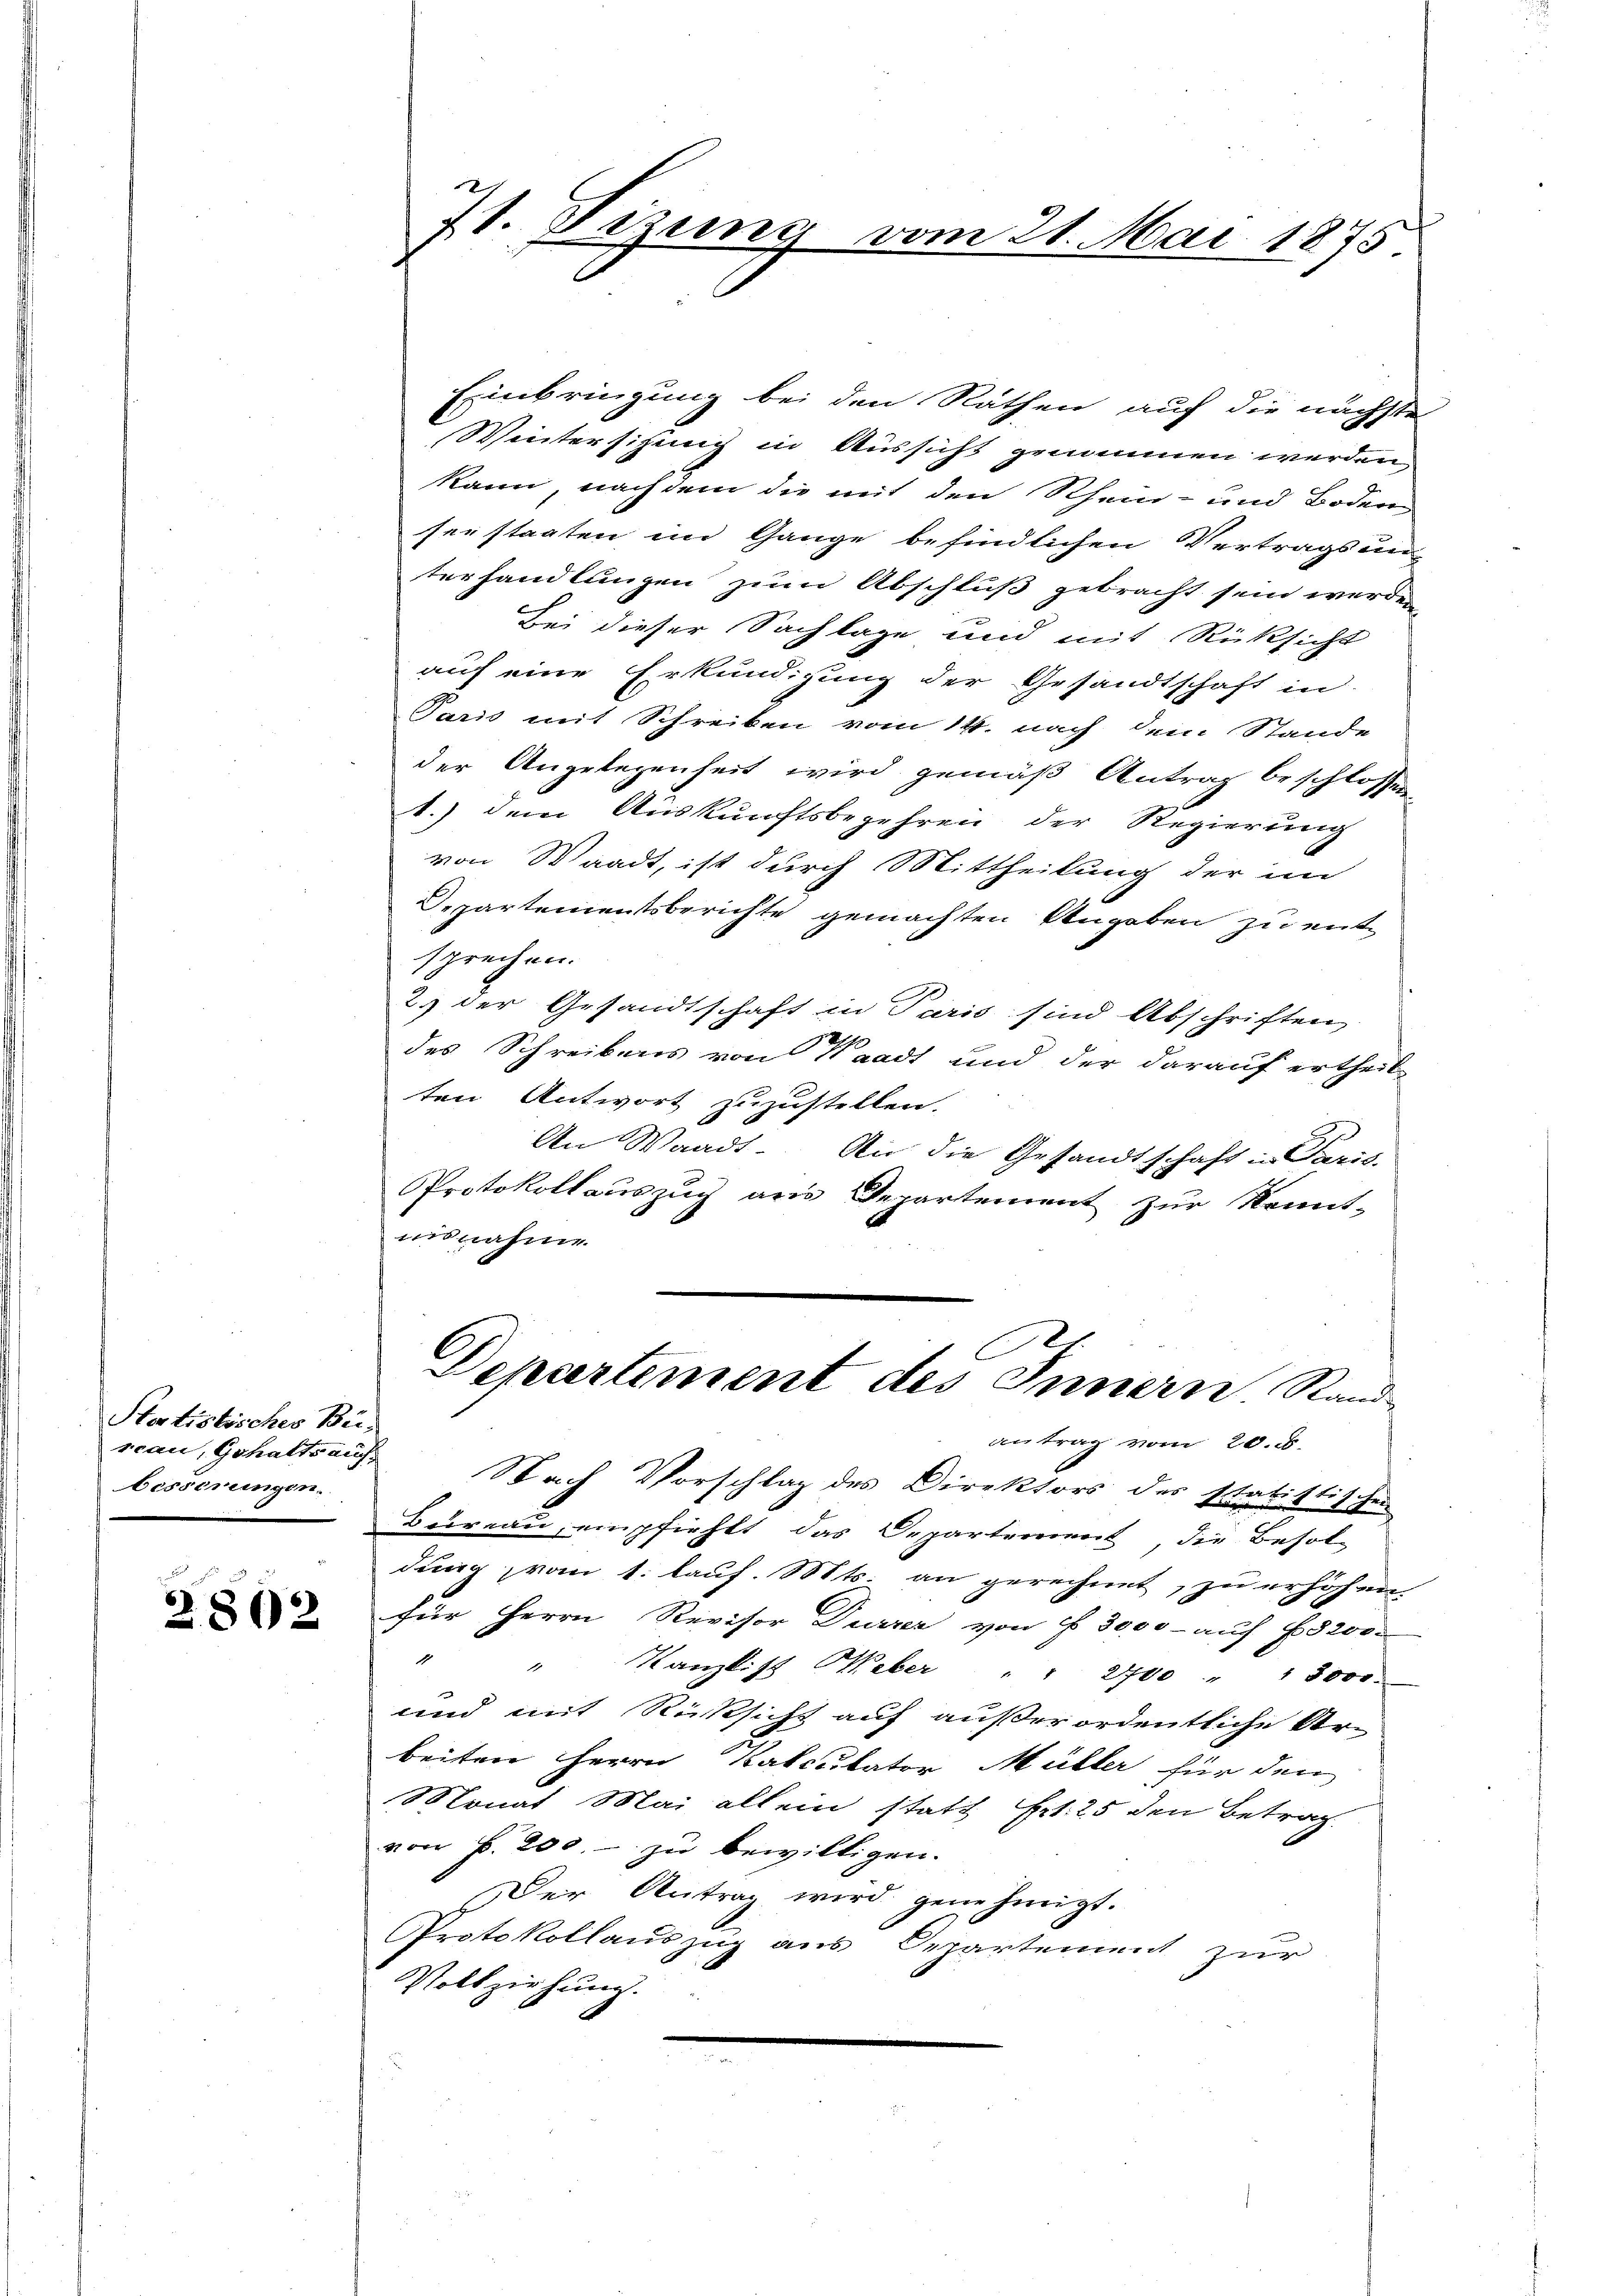
Startistisches Be-
scau, Gehalts aufbesseringen.

2802

Einbringung bei den Räthen auf die nächste
Wintersihung in Aussicht genommen werden,
kann, nach dem die mit den Rhein- und Boden-
serstaaten im Gange befindlichen Vertrags un-
terhandlungen zum Abschluß gebracht sein werden
Bei dieser Sachlage und mit Rücksicht
auf eine Erkundigung der Gesandtschaft in
Paris mit Schreiben vom 14. nach dem Stande
der Angelegenheit wird gemäß Antrag beschlossen
1.) dem Auskunftsbegehren der Regierung
von Waadt, ist durch Mittheilung der im
Departementsberichte gemachten Angaben zu ent-
sprechen.
2.) Der Gesandtschaft in Paris sind Abschriften
1
des Schreibens von Waadt und der darauf ertheil-
ten Antwort zuzustellen.
An Waadt. An die Gesandtschaft in Paris
Protokollauszug aus Departement zur konnt-
usnahme.
Departement des Innern. Rand-
antrag vom 20. d.
Nach Vorschlag des Direktors des statistischen
Bureau, empfiehlt das Departement die Besoldung vom 1. kauf. Mts. an gerechnet, zu erhöhen.
für Herrn Revisor Durrer von § 3000 - auf 8200.
" Kanzlist Ueber " " 2700 " " 3000.
und mit Rücksicht auf außerordentliche Ar-
beiten Herrn Katculator Müller für den
Monat Mai allein statt Frk. 25 den Betrag
von P. 200. - zu bewilligen.
Der Antrag wird genehmigt.
Protokollauszug aus Departement zur
Vollziehung.

7t. Bezung vom 21. Mai 1875